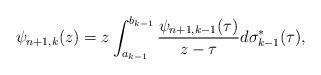
LaTeX: \begin{align*}\psi_{n+1,k}(z)=z\int_{a_{k-1}}^{b_{k-1}}\frac{\psi_{n+1,k-1}(\tau)}{z-\tau} d\sigma_{k-1}^{*}(\tau),\end{align*}